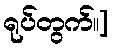
ရုပ်တွက်။]